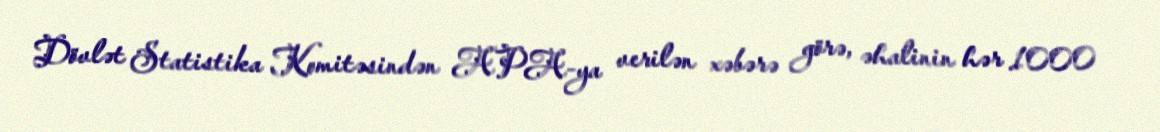
Dövlət Statistika Komitəsindən APA-ya verilən xəbərə görə, əhalinin hər 1000